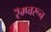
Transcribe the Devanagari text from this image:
रॅम्प्वरून